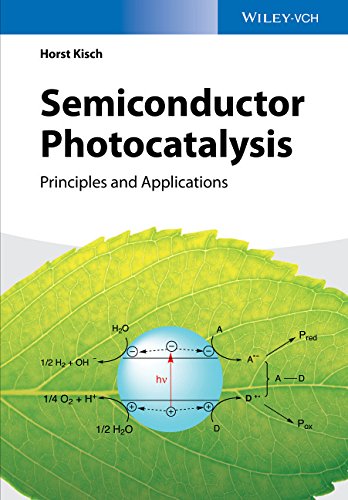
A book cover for Semiconductor Photocatalysis: Principles and Applications; Horst Kisch; Science & Math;